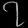
Digit: ၇